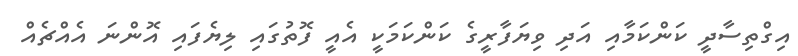
އިގްތިސާދީ ކަންކަމާއި އަދި ވިޔަފާރީގެ ކަންކަމަކީ އެއީ ފޮތުގައި ލިޔެފައި އޮންނަ އެއްޗެއް